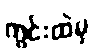
ကွင်းထဲမှ